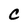
Character: C